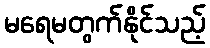
မရေမတွက်နိုင်သည့်